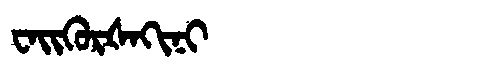
Manchu: ᠸᠠᡳᡴᡠᡵᡧᠠᡴᡳᠨᡳ
Romanization: WAIKURŠAKINI